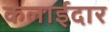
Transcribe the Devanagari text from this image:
कलाईदार